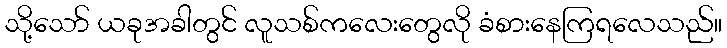
သို့သော် ယခုအခါတွင် လူသစ်ကလေးတွေလို ခံစားနေကြရလေသည်။